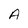
Character: A